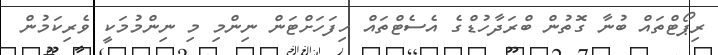
ރިޕޯޓްތައް ބުނާ ގޮތުން ބްރަދާހުޑްގެ އެސެޓްތައް ހިފަހަށްޓަން ނިންމި މި ނިންމުމަކީ ވެރިކަމުން